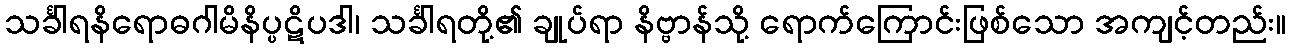
သင်္ခါရနိရောဓဂါမိနိပ္ပဋိပဒါ၊ သင်္ခါရတို့၏ ချုပ်ရာ နိဗ္ဗာန်သို့ ရောက်ကြောင်းဖြစ်သော အကျင့်တည်း။